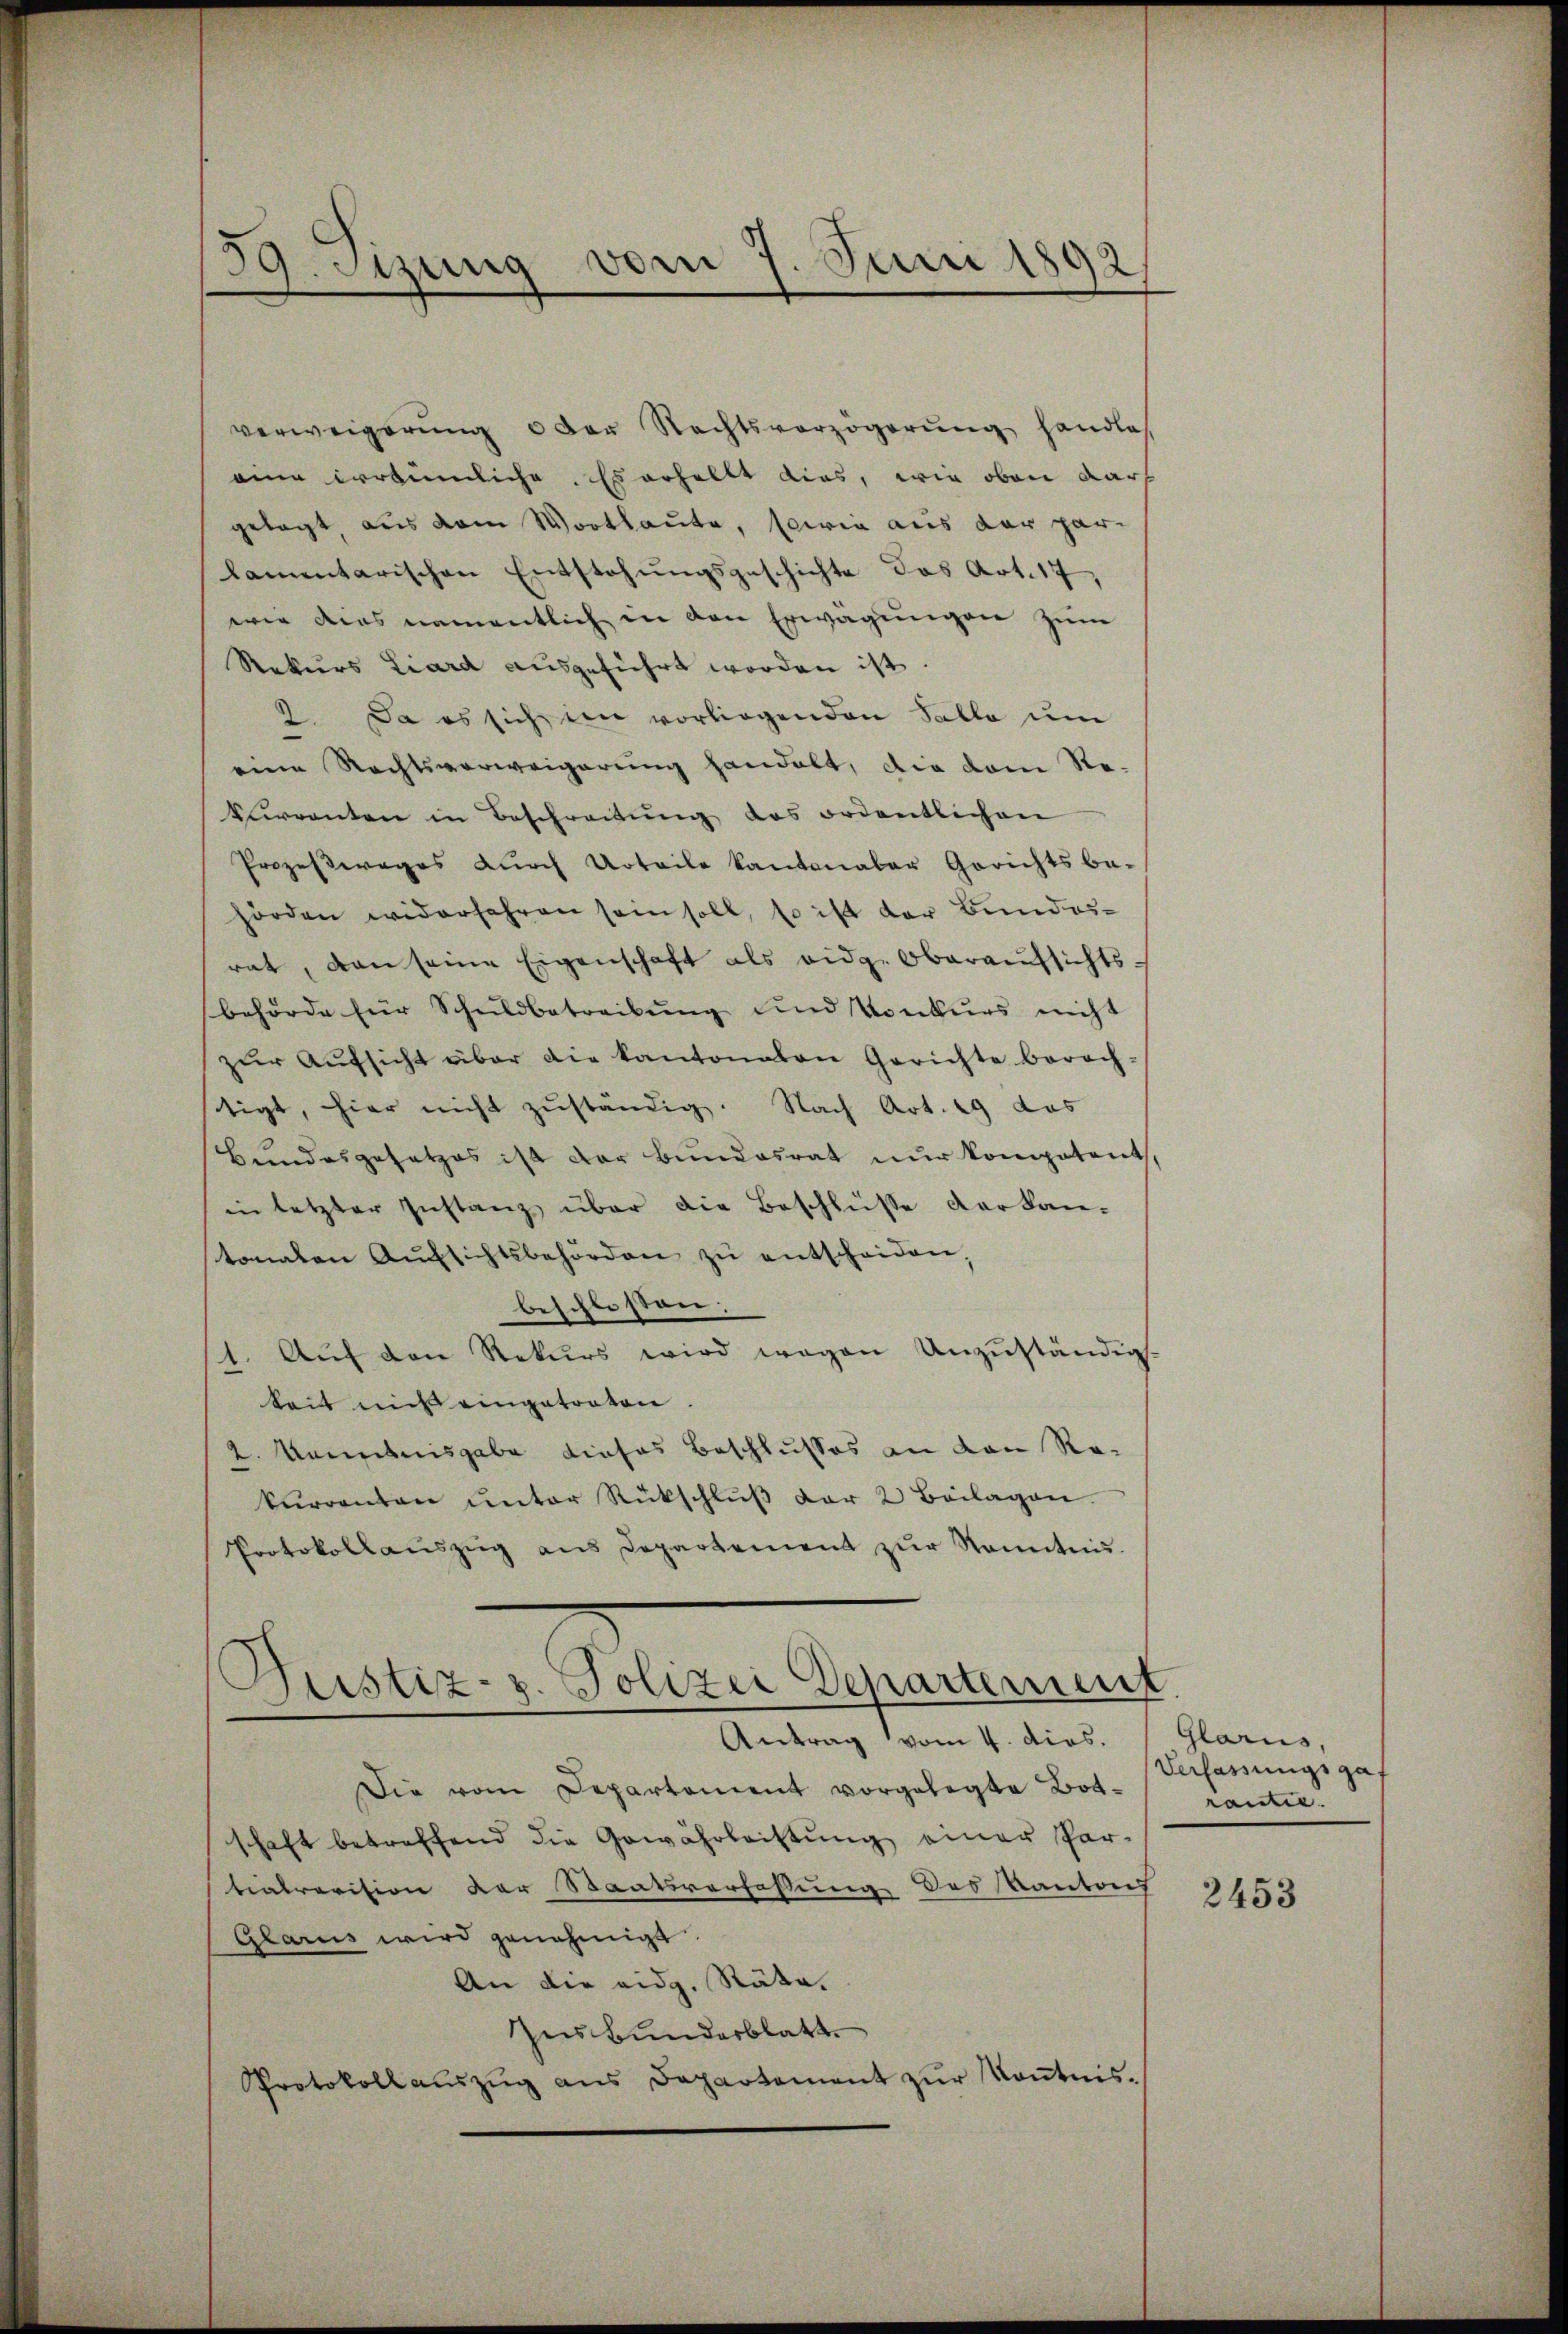
59. Sizung vom 7. Juni 1892

verweigerŭng der Rechtsverzögerŭng handles
eine irrtümliche. Es erhellt dies, wie oben dar
gelegt aus dem Wortlaute, sowie aus der par-
lamentarischen Entstehungsgeschichte das Art. 17,
wie dies namentlich in den Erwägungen zum
Rekurs Liard aŭsgeführt worden ist.
2. Da es sich in vorliegenden Falle um
eine Rechtsverweigerung handelt, die vom Re-
Currenten in Beschreitŭng des ordentlichen
Prozeßweges durch Urteile Kantonaler Gerichtsbe-
hörden widerfahren sein soll, so ist der Bundes-
rat, den seine Eigenschaft als eidg. Oberaufsichtsbehörde für Schuldbetreibŭng und Konkurs nicht
zŭr Aŭfsicht aber die kantonalen Gerichte berech-
tigt, hier nicht zŭständig. Nach Art. 29 das
Bundesgesetzes ist der Bundesrat nur kompetent.
in letzter Instanz über die Beschlüße der kan-
tonalen Aŭfsichtsbehörden zŭ entscheiden.
beschlossen:
Auf den Rekurs wird wegen Unzuständig.
.
keit mich eingetraten.
2. Manntnisgabe dieses Beschlusses an den Rakŭrrenten ŭnter Rückschlŭβ der 2 Beilagen.
Protokollaŭszŭg ans Departement zŭr Sonntnis.

Justiz- u. Polizei Departement

Antrag vom 4. dies.
Die vom Departement vorgelegte Botschaft betreffend die Gewährleistung einer Par-
tiatrevision der Staatsverfassung des Kantons
Glarus wird genehmigt.
An die eidg. Stäte.
Zusbunderblatt.
Protokoll auszug aus Departement zur Kenntnis¬

Glarus,
Verfassungsgef
rantie.

2453